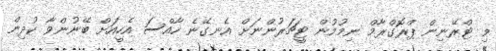
މި ޓްރޭނިން ޕްރޮގްރާމް ނިމުމުން ޓީޗަރުންނަށް އެނގޭނެ ހާއްސަ އެހީއަށް ބޭނުންވާ ކުދިން